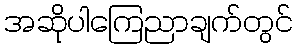
အဆိုပါကြေညာချက်တွင်